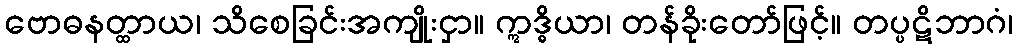
ဗောဓနတ္ထာယ၊ သိစေခြင်းအကျိုးငှာ။ ဣဒ္ဓိယာ၊ တန်ခိုးတော်ဖြင့်။ တပ္ပဋိဘာဂံ၊